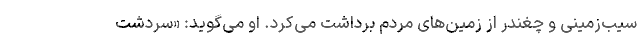
سیب‌زمینی و چغندر از زمین‌های مردم برداشت می‌کرد. او می‌گوید: «سردشت